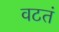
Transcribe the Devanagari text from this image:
वटतं